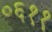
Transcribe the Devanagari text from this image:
०६११